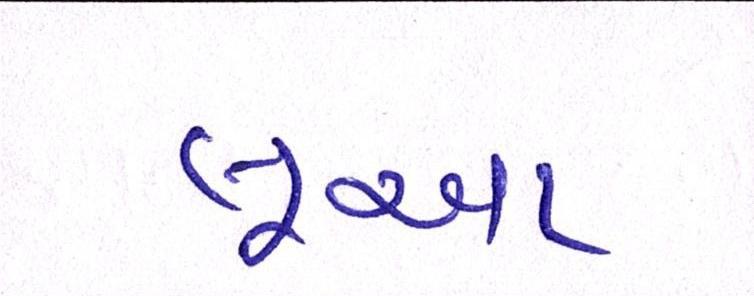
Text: લૂઆ